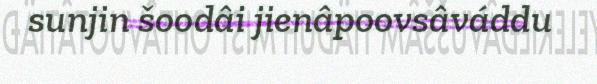
sunjin šoodâi jienâpoovsâváddu